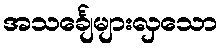
အသင်္ချေများလှသော